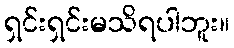
ရှင်းရှင်းမသိရပါဘူး။